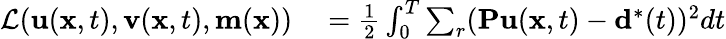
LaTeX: \begin{array}{rl}{\mathcal{L}(\mathbf{u}(\mathbf{x},t),\mathbf{v}(\mathbf{x},t),\mathbf{m}(\mathbf{x}))}&{{}=\frac{1}{2}\int_{0}^{T}\sum_{r}(\mathbf{Pu}(\mathbf{x},t)-\mathbf{d}^{*}(t))^{2}dt}\end{array}